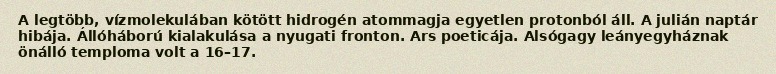
A legtöbb, vízmolekulában kötött hidrogén atommagja egyetlen protonból áll. A julián naptár hibája. Állóháború kialakulása a nyugati fronton. Ars poeticája. Alsógagy leányegyháznak önálló temploma volt a 16–17.